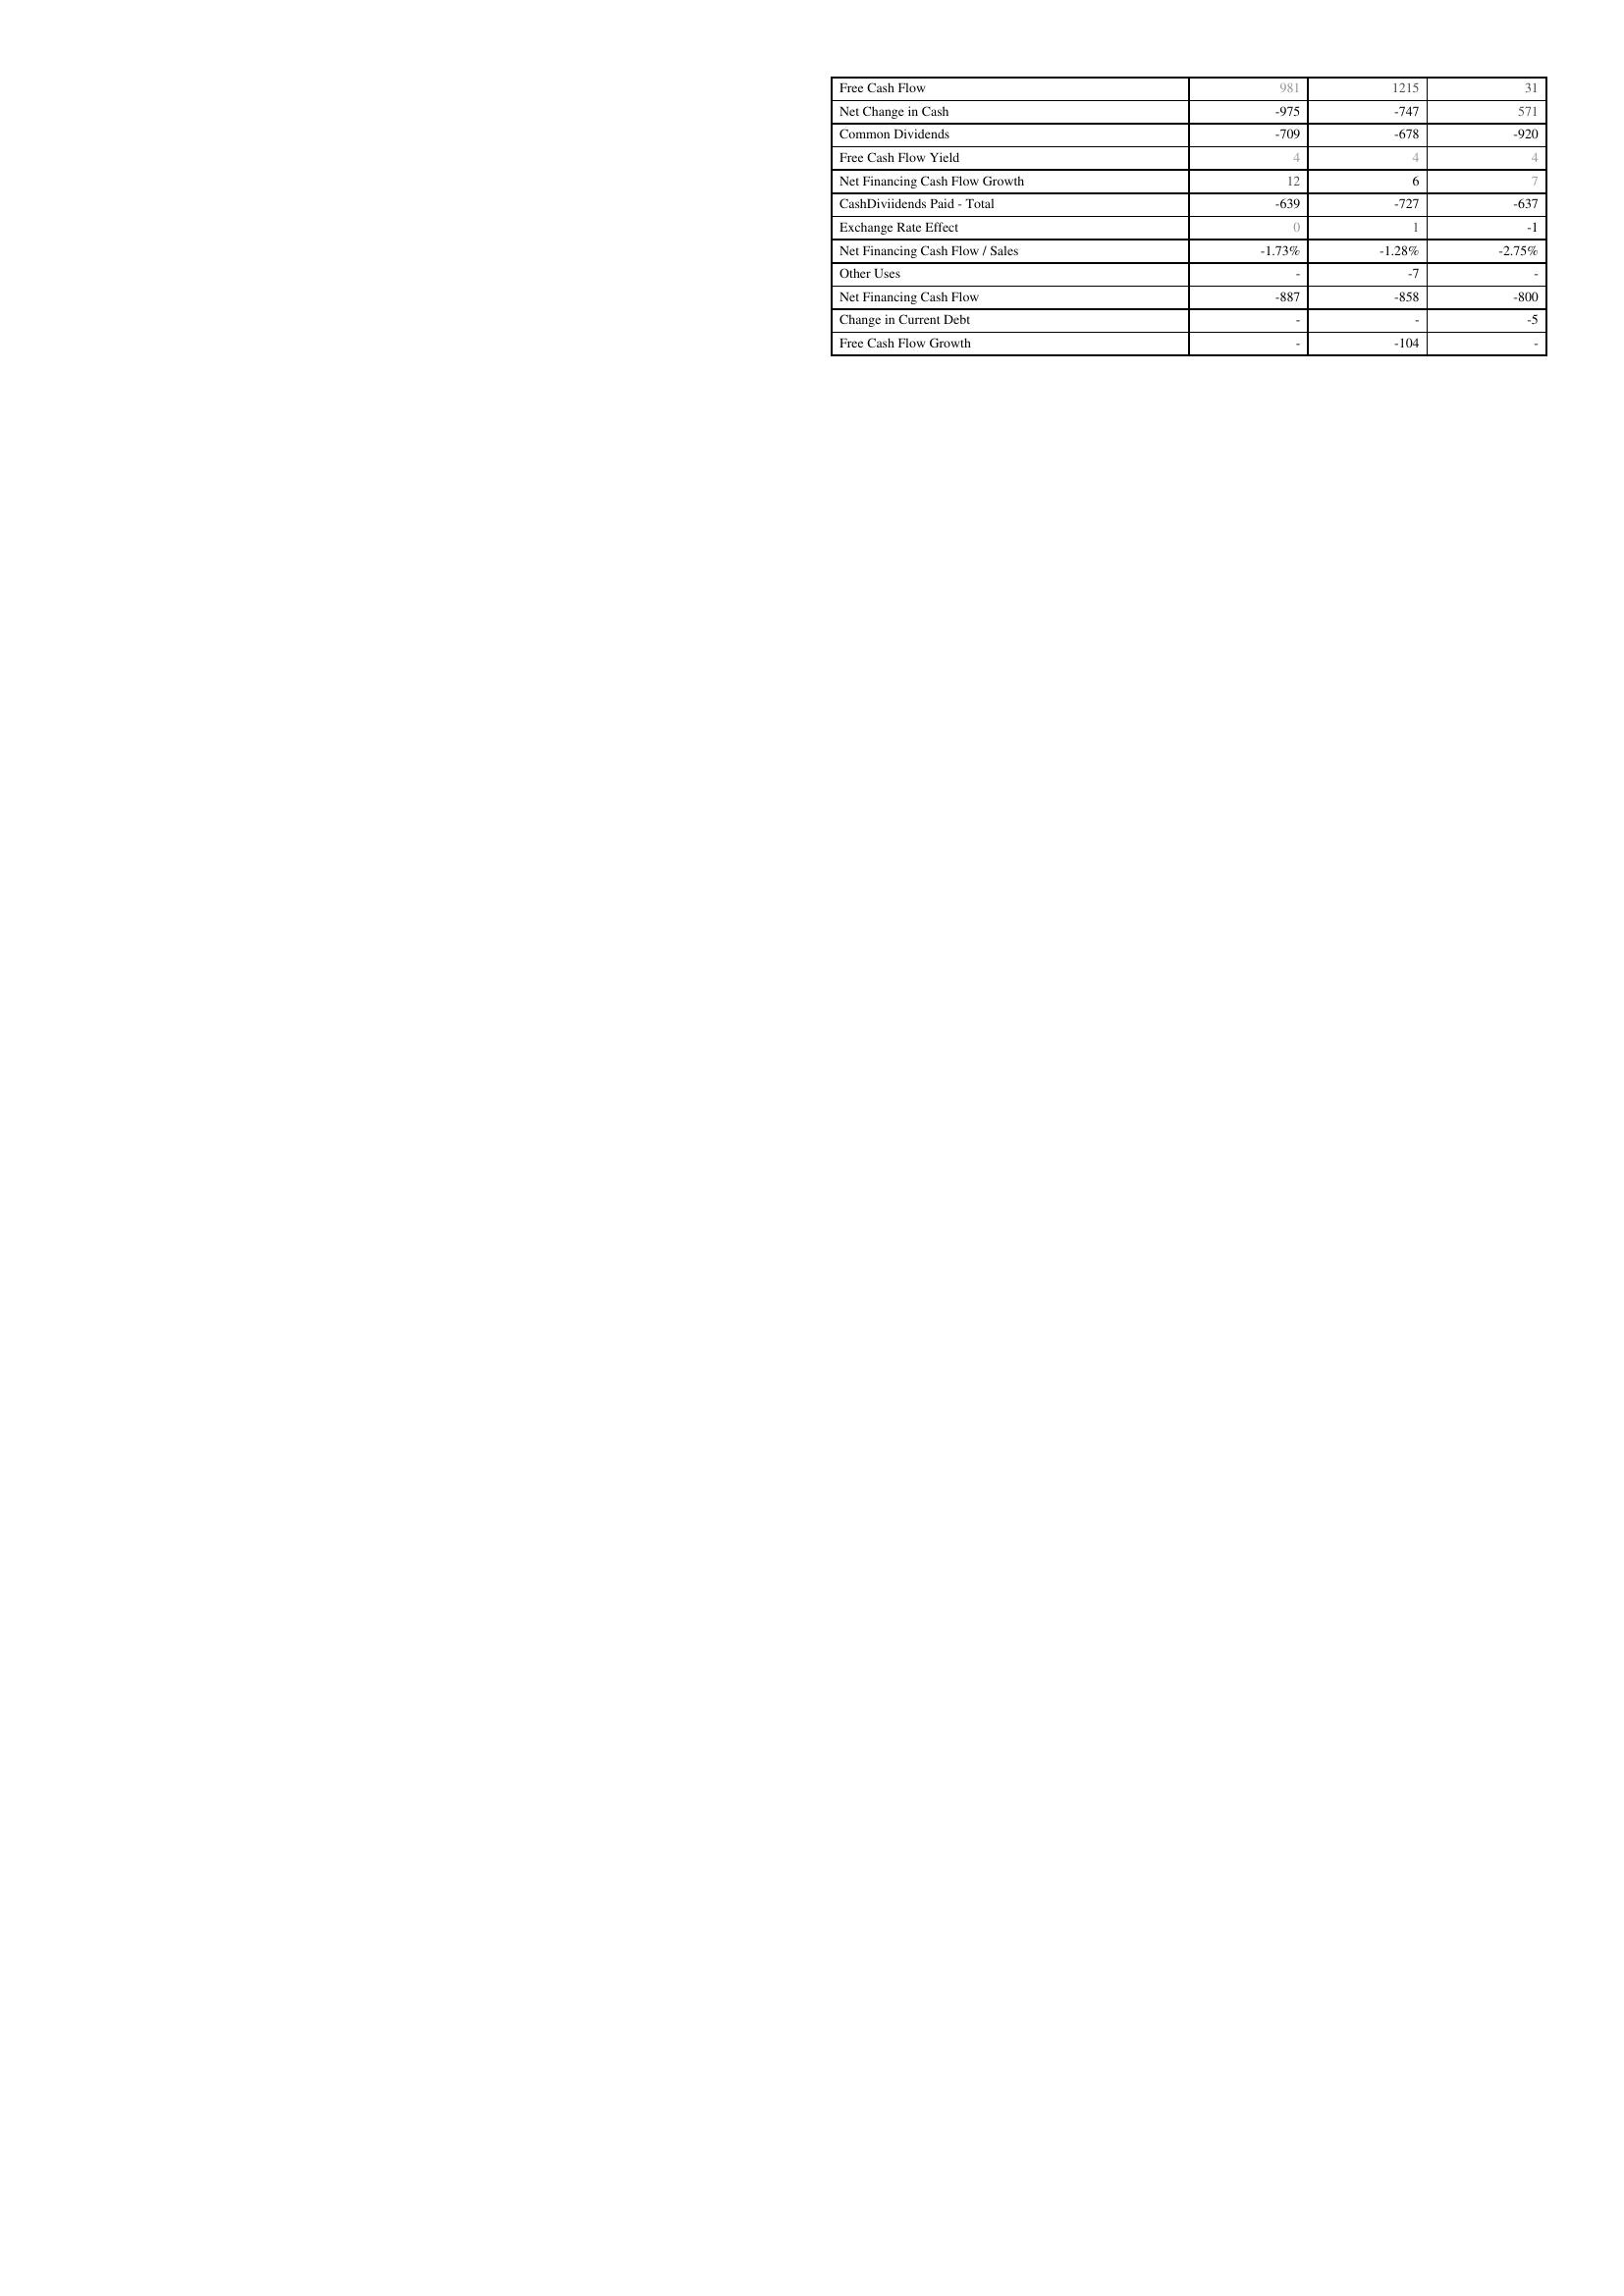
2014: Financing Activities: Free Cash Flow: 981
Net Change in Cash: -975
Common Dividends: -709
Free Cash Flow Yield: 4
Net Financing Cash Flow Growth: 12
CashDiviidends Paid - Total: -639
Exchange Rate Effect: 0
Net Financing Cash Flow / Sales: -1.73%
Other Uses: -
Net Financing Cash Flow: -887
Change in Current Debt: -
Free Cash Flow Growth: -
2013: Financing Activities: Free Cash Flow: 1215
Net Change in Cash: -747
Common Dividends: -678
Free Cash Flow Yield: 4
Net Financing Cash Flow Growth: 6
CashDiviidends Paid - Total: -727
Exchange Rate Effect: 1
Net Financing Cash Flow / Sales: -1.28%
Other Uses: -7
Net Financing Cash Flow: -858
Change in Current Debt: -
Free Cash Flow Growth: -104
2012: Financing Activities: Free Cash Flow: 31
Net Change in Cash: 571
Common Dividends: -920
Free Cash Flow Yield: 4
Net Financing Cash Flow Growth: 7
CashDiviidends Paid - Total: -637
Exchange Rate Effect: -1
Net Financing Cash Flow / Sales: -2.75%
Other Uses: -
Net Financing Cash Flow: -800
Change in Current Debt: -5
Free Cash Flow Growth: -